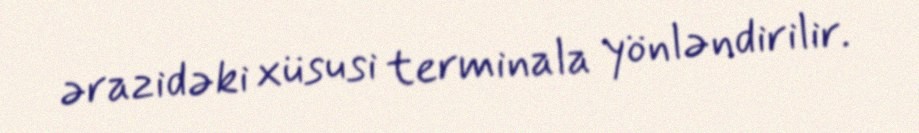
ərazidəki xüsusi terminala yönləndirilir.